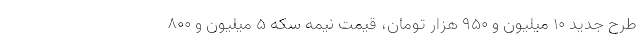
طرح جدید 10 میلیون و 950 هزار تومان، قیمت نیمه سکه 5 میلیون و 800